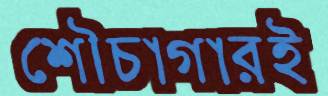
শৌচাগারই